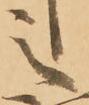
之